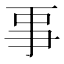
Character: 𠄙